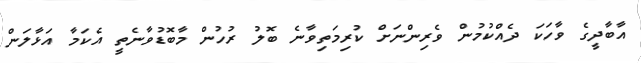
އާބާދީގެ ވާހަކަ ދެއްކުމުން ވެރިންނަށް ކުރިމަތިވާނެ ބޮލު ރުހުން މާބޮޑުވާނެތީ އެކަމާ އަޅާލަން